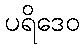
ပရိဒေဝ